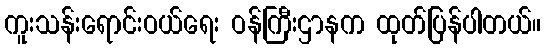
ကူးသန်းရောင်းဝယ်ရေး ဝန်ကြီးဌာနက ထုတ်ပြန်ပါတယ်။